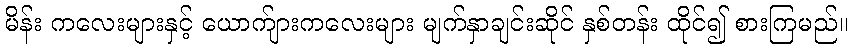
မိန်း ကလေးများနှင့် ယောက်ျားကလေးများ မျက်နှာချင်းဆိုင် နှစ်တန်း ထိုင်၍ စားကြမည်။